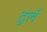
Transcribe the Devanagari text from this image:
टुर्ल